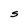
Character: s